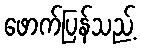
ဖောက်ပြန်သည့်